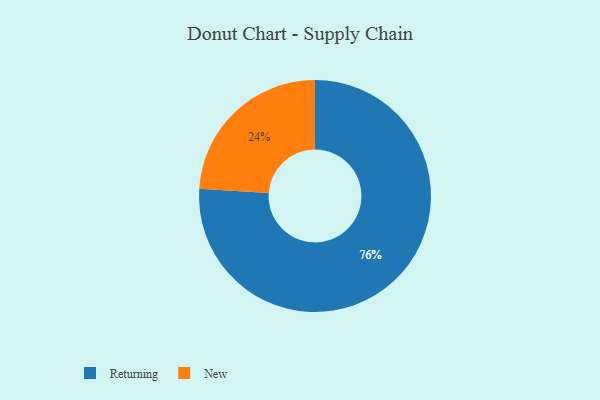
{"axis": {"x": "Category", "y": "Percentage"}, "legend": ["New", "Returning"], "data": [{"x": "Returning", "y": 76, "type": "Returning"}, {"x": "New", "y": 24, "type": "New"}]}